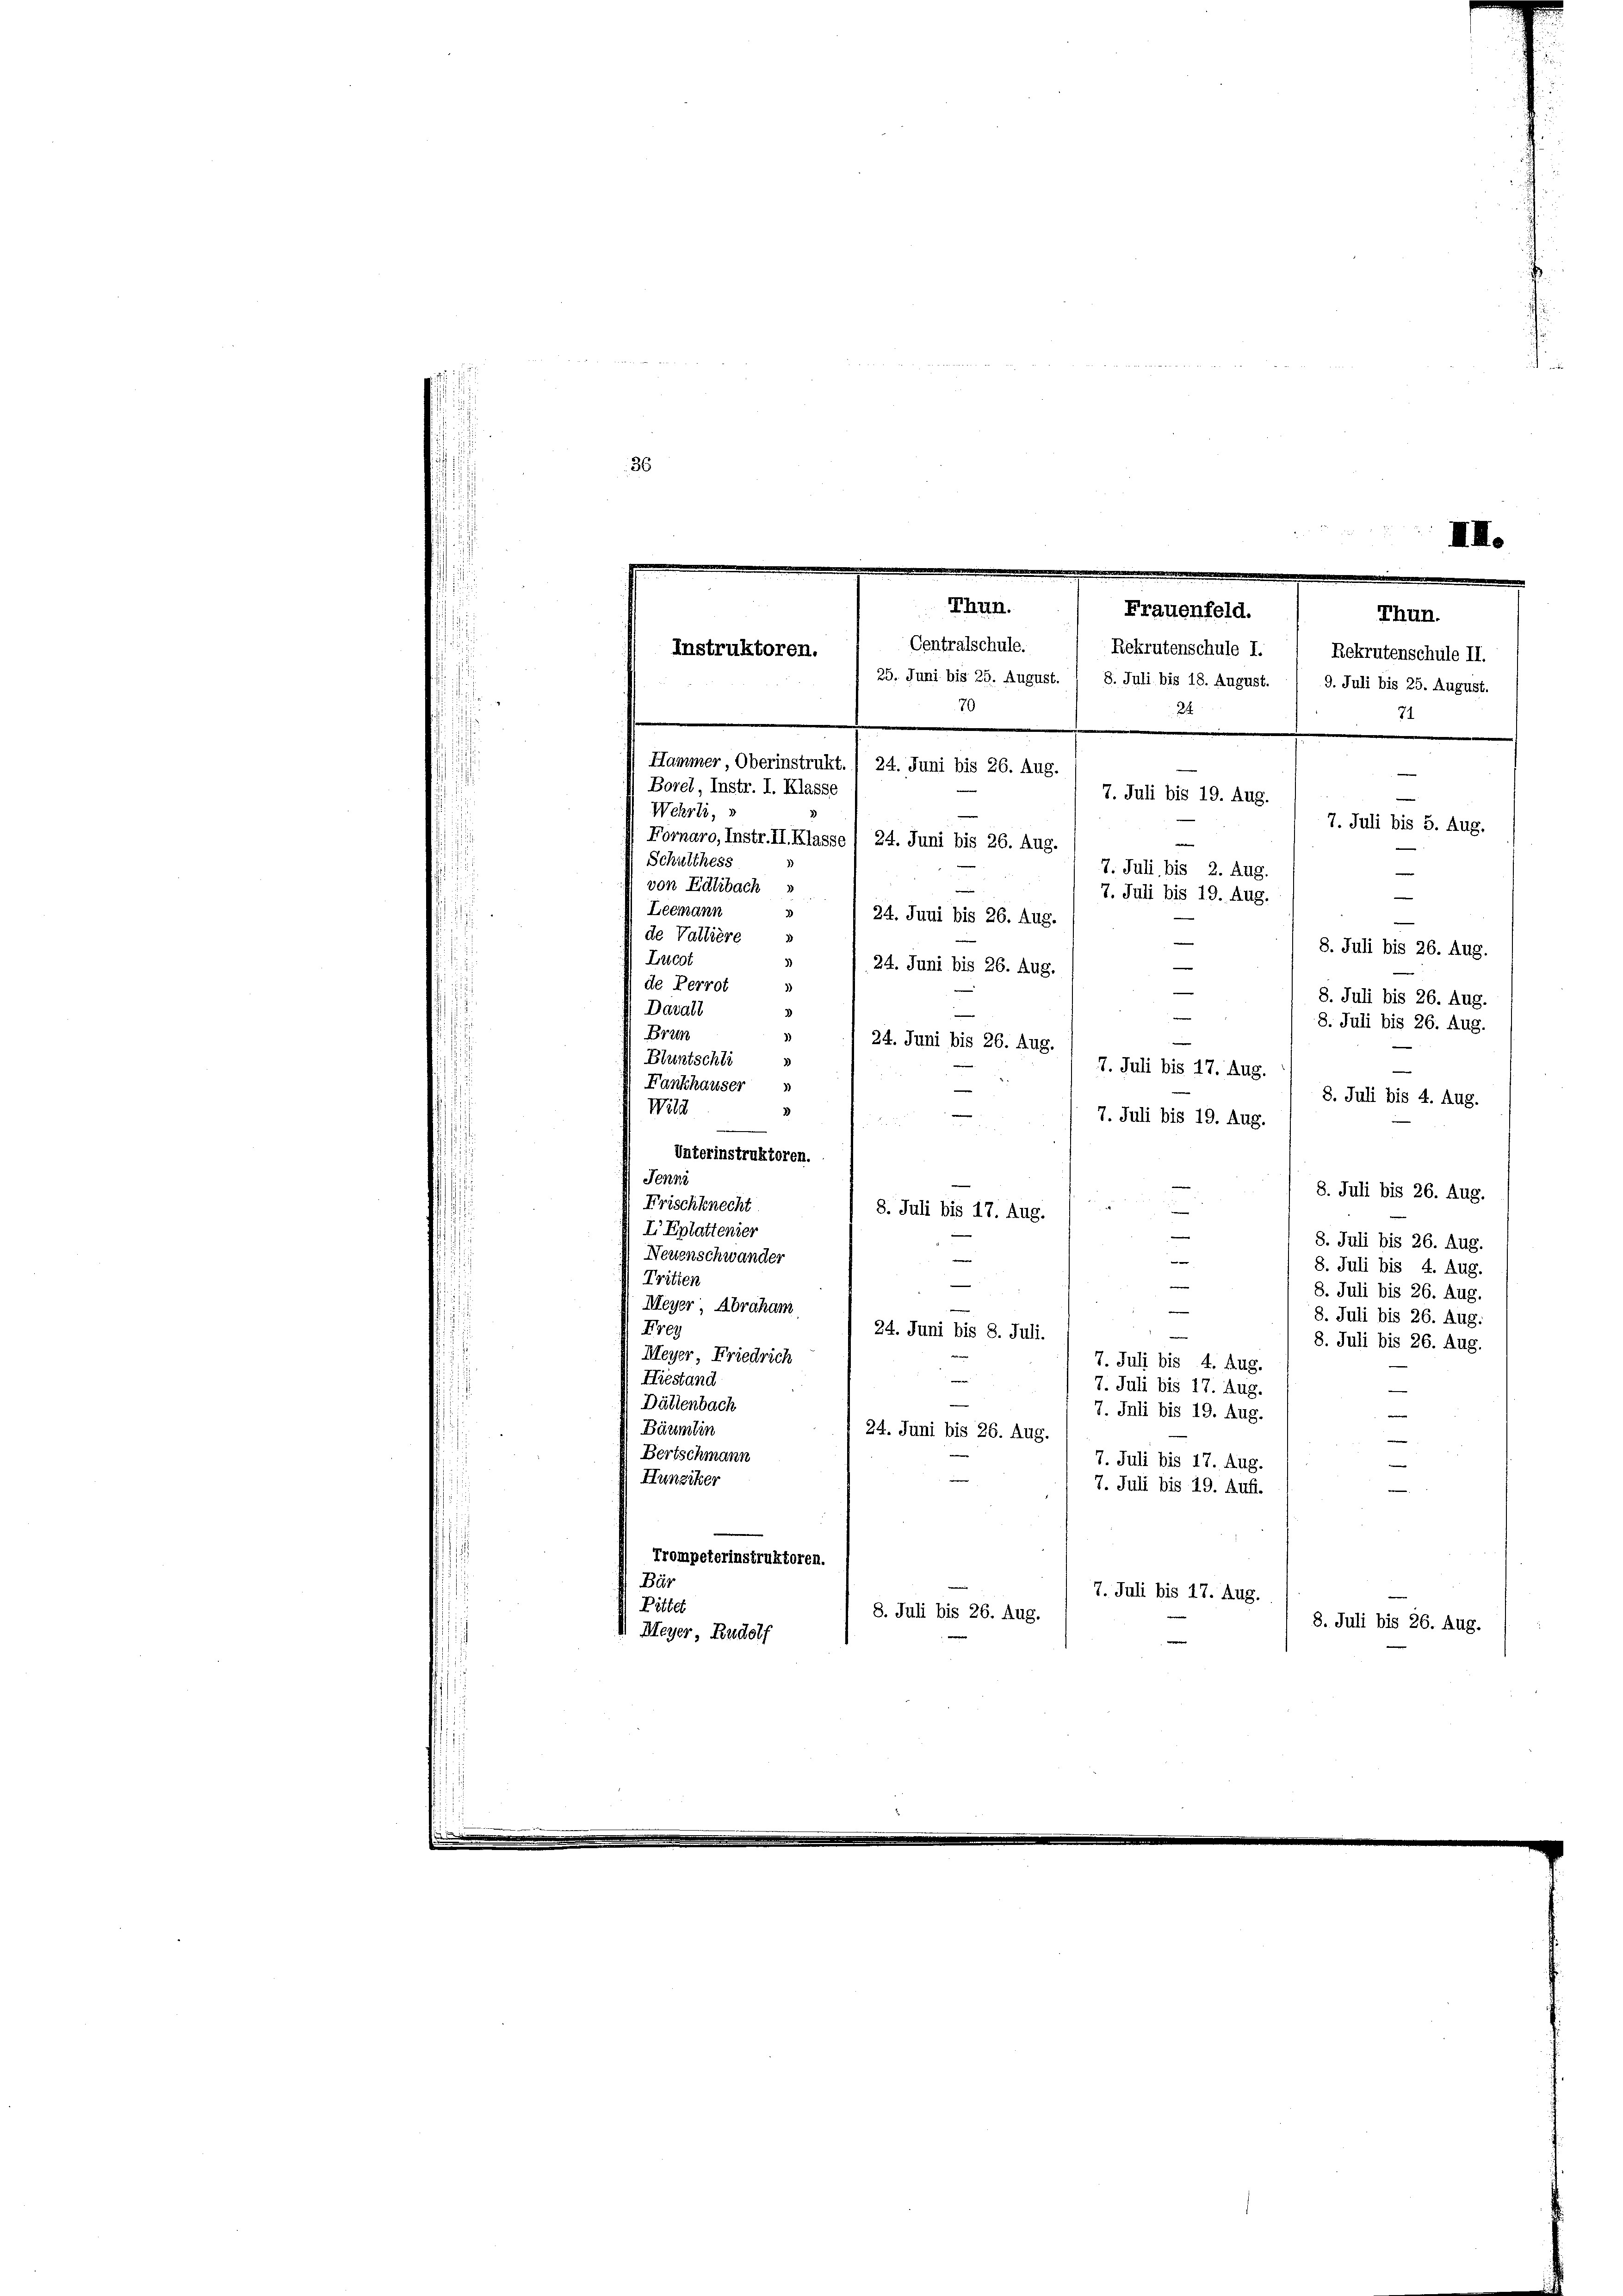
Hammer Oberinstrukt.
24. Juni bis 26. Aug.
Borel, Instr. I. Klasse
7. Juli bis 19. Aug.
Wehrli, s
7. Juli bis 5. Aug.
Fornaro, Instr. II. Klasse
24. Juni bis 26. Aug.
Schulthess
7. Juli bis 2. Aug.
e
von Edlibach
7. Juli bis 19. Aug.
Leemann
24. Juni bis 26. Aug.
de Vallière s
e
8. Juli bis 26. Aug.
Lucot
3)
—
24. Juni bis 26. Aug.
de Perrot
)
8. Juli bis 26. Aug.
Davall

8. Juli bis 26. Aug.
Br2
)
24. Juni bis 26. Aug.
Bluntschli
7. Juli bis 17. Aug.
Fankhauser
8. Juli bis 4. Aug.
Wild
3
7. Juli bis 19. Aug.
Unterinstruktoren.
Jenne
8. Juli bis 26. Aug.
Frischknecht
8. Juli bis 17. Aug.
I Eplattenier
8. Juli bis 26. Aug.
Nertenschwander
—
8. Juli bis 4. Aug.
Tritten
8. Juli bis 26. Aug.
Meyer Abraham
e

8. Juli bis 26. Aug.
Frey
24. Juni bis 8. Juli.
8. Juli bis 26. Aug.
Meyer, Friedrich
7. Juli bis 4. Aug.
Hiestand
—
7. Juli bis 17. Aug.
Dättenbach
7. Juli bis 19. Aug.
Bäumlin
24. Juni bis 26. Aug.
Bertschmann
7. Juli bis 17. Aug.
Hunziker
7. Juli bis 19. Aufl.
Trompeterinstruktoren.
Bär
7. Juli bis 17. Aug.
Bittel
8. Juli bis 26. Aug.
8. Juli bis 26. Aug.
 Meyer, Rudolf

36

III.
Thun.
Frauenfeld.
Thun.
Centralschule.  Rekrutenschule I. 1 Rekrutenschule II.
Instruktoren.
25. Juni bis 25. August. 1 8. Juli bis 18. August.
9. Juli bis 25. August.
70
24
71

e